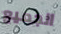
الجميع